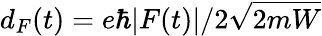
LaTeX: d_{F}(t)=e\hbar|F(t)|/2\sqrt{2mW}